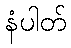
နံပါတ်